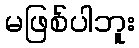
မဖြစ်ပါဘူး